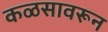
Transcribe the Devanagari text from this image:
कळसावरून